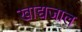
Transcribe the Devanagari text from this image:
खाद्यजाल